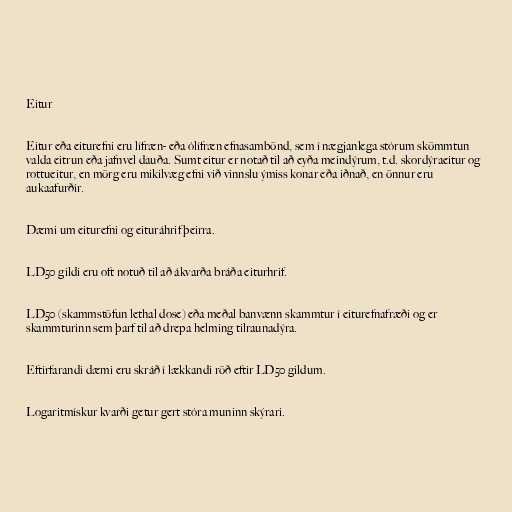
Eitur

Eitur eða eiturefni eru lífræn- eða ólífræn efnasambönd, sem í nægjanlega stórum skömmtun
valda eitrun eða jafnvel dauða. Sumt eitur er notað til að eyða meindýrum, t.d. skordýraeitur og
rottueitur, en mörg eru mikilvæg efni við vinnslu ýmiss konar eða iðnað, en önnur eru
aukaafurðir.

Dæmi um eiturefni og eituráhrif þeirra.

LD50 gildi eru oft notuð til að ákvarða bráða eiturhrif.

LD50 (skammstöfun lethal dose) eða meðal banvænn skammtur í eiturefnafræði og er
skammturinn sem þarf til að drepa helming tilraunadýra.

Eftirfarandi dæmi eru skráð í lækkandi röð eftir LD50 gildum.

Logaritmískur kvarði getur gert stóra muninn skýrari.